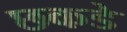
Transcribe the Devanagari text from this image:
छकडे